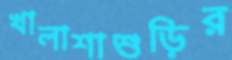
খালাশাশুড়ির